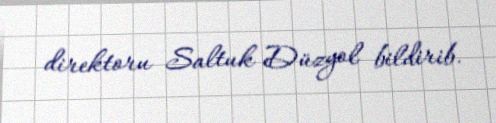
direktoru Saltuk Düzyol bildirib.